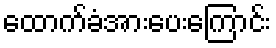
ထောက်ခံအားပေးကြောင်း